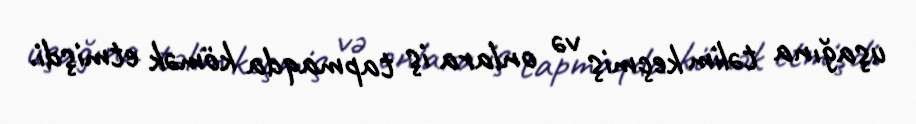
uşağına təlim keçmiş və onlara iş tapmaqda kömək etmişdi.